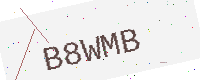
Text: B8WMB